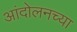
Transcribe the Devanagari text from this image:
आंदोलनच्या